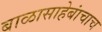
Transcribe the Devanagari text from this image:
बाळासाहेबांचाच